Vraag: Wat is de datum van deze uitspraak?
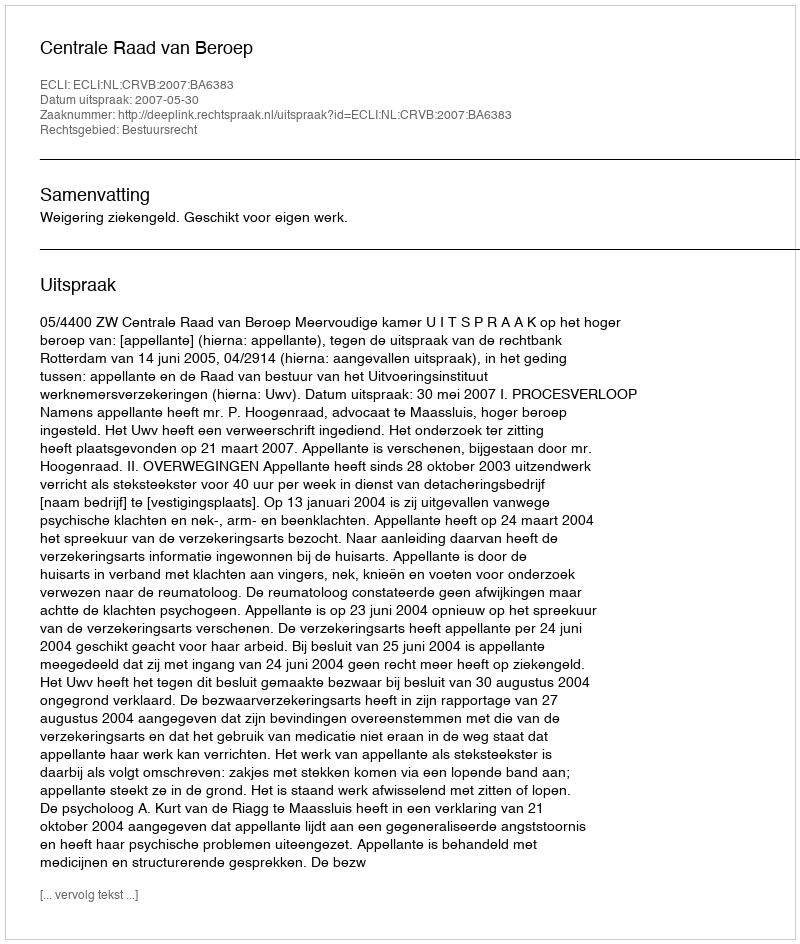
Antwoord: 2007-05-30